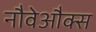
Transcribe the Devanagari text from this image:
नौवेऔक्स